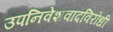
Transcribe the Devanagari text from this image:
उपनिवेशवादविरोधी